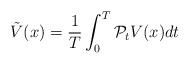
\begin{align*}\tilde{V}(x) = \frac{1}{T}\int_0^T \mathcal{P}_t V(x) dt\end{align*}